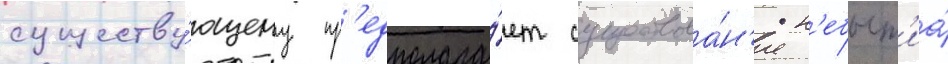
существу́ющему пр'едполага́ет существова́н'ие н'ебыт'иа́